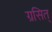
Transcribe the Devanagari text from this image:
ग्रसित्